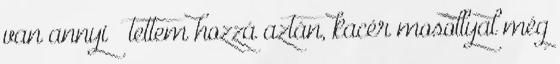
van annyi – tettem hozzá aztán, kacér mosollyal még